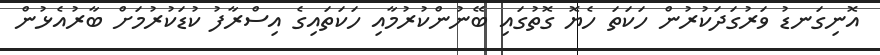
އޮނިގަނޑު ވަރުގަދަކުރުން ހަކަތަ ހެޔޮ ގޮތުގައި ބޭނުންކުރުމާއި ހަކަތައިގެ އިސްރާފު ކުޑަކުރުމަށް ބާރުއެޅުން